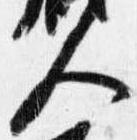
人